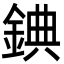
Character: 錪